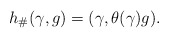
\begin{align*}h_\#(\gamma,g)=(\gamma, \theta(\gamma)g).\end{align*}